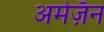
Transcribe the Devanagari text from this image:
अमेज़ॅन